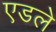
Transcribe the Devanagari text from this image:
एडले